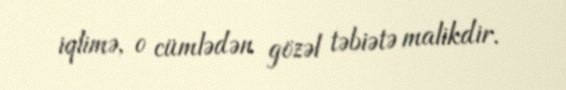
iqlimə, o cümlədən gözəl təbiətə malikdir.